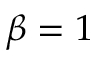
\beta = 1